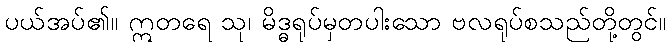
ပယ်အပ်၏။ ဣတရေ သု၊ မိဒ္ဓရုပ်မှတပါးသော ဗလရုပ်စသည်တို့တွင်။